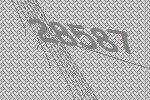
28587